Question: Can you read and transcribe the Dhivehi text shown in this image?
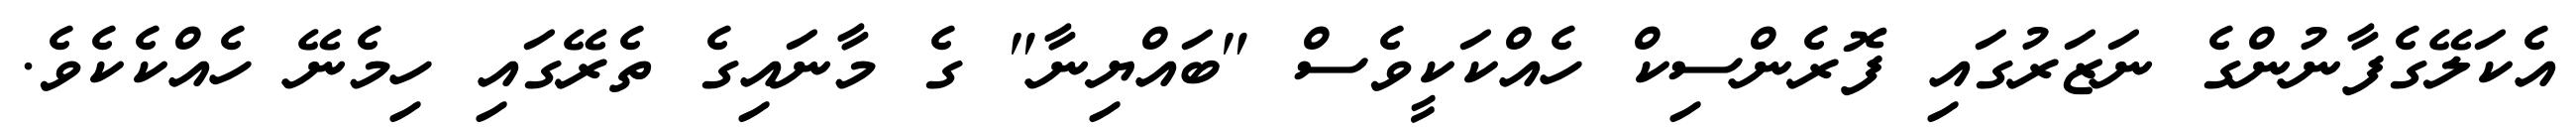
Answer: އެކަލޭގެފާނުންގެ ނަޒަރުގައި ފޮރެންސިކް ހެއްކަކީވެސް "ބައްޔިނާ" ގެ މާނައިގެ ތެރޭގައި ހިމެނޭ ހެއްކެކެވެ.